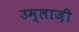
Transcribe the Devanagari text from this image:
उम्लाज़ी